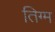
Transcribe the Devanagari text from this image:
तिग्म